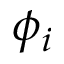
\phi _ { i }